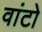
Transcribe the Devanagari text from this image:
वांटो